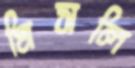
মিসলি